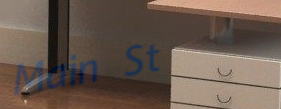
Main St